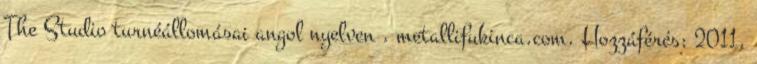
The Studio turnéállomásai angol nyelven . metallifukinca.com. Hozzáférés: 2011.